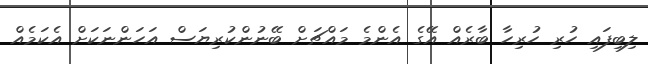
ލިބިފައި ހުރި ހުރިހާ ބާރެއް އޭގެ އެންމެ މައްޗަށް ބޭނުންކުރިޔަސް އަހަންނަކަށް އެކަމެއް